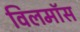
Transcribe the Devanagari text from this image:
विलमॉस